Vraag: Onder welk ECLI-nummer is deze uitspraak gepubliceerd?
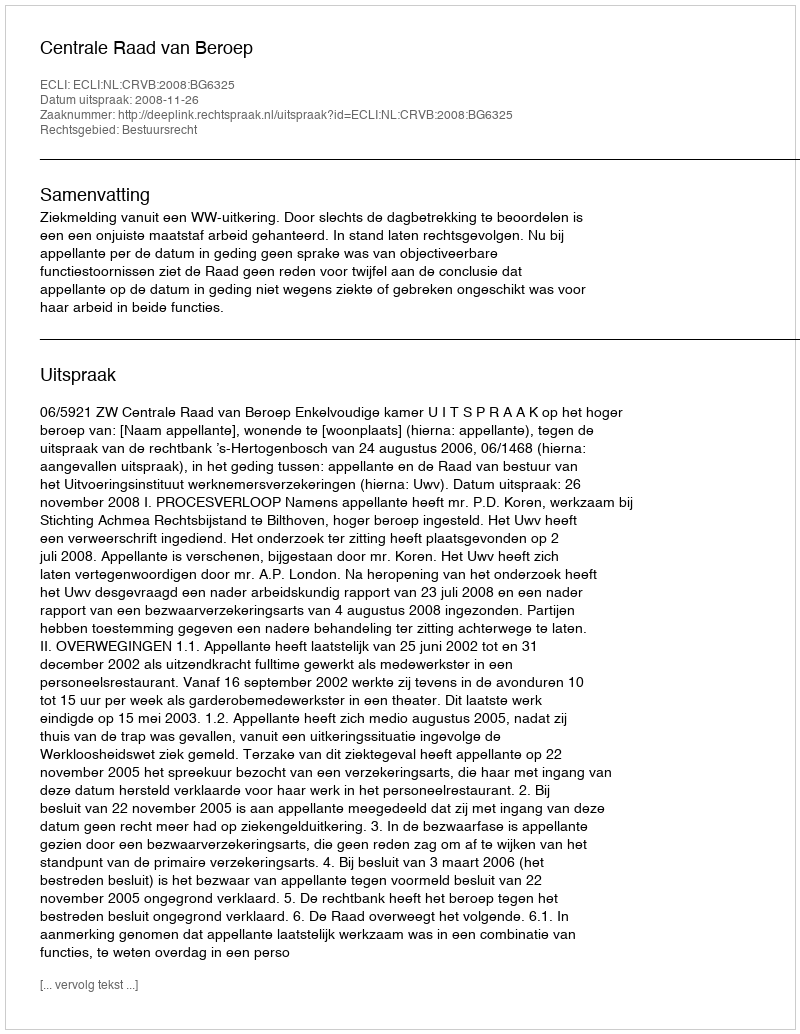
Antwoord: ECLI:NL:CRVB:2008:BG6325